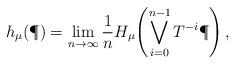
LaTeX: \begin{align*}h_\mu(\P) = \lim_{n\to\infty}\frac1nH_\mu \!\left( \bigvee_{i=0}^{n-1}T^{-i}\P \right),\end{align*}